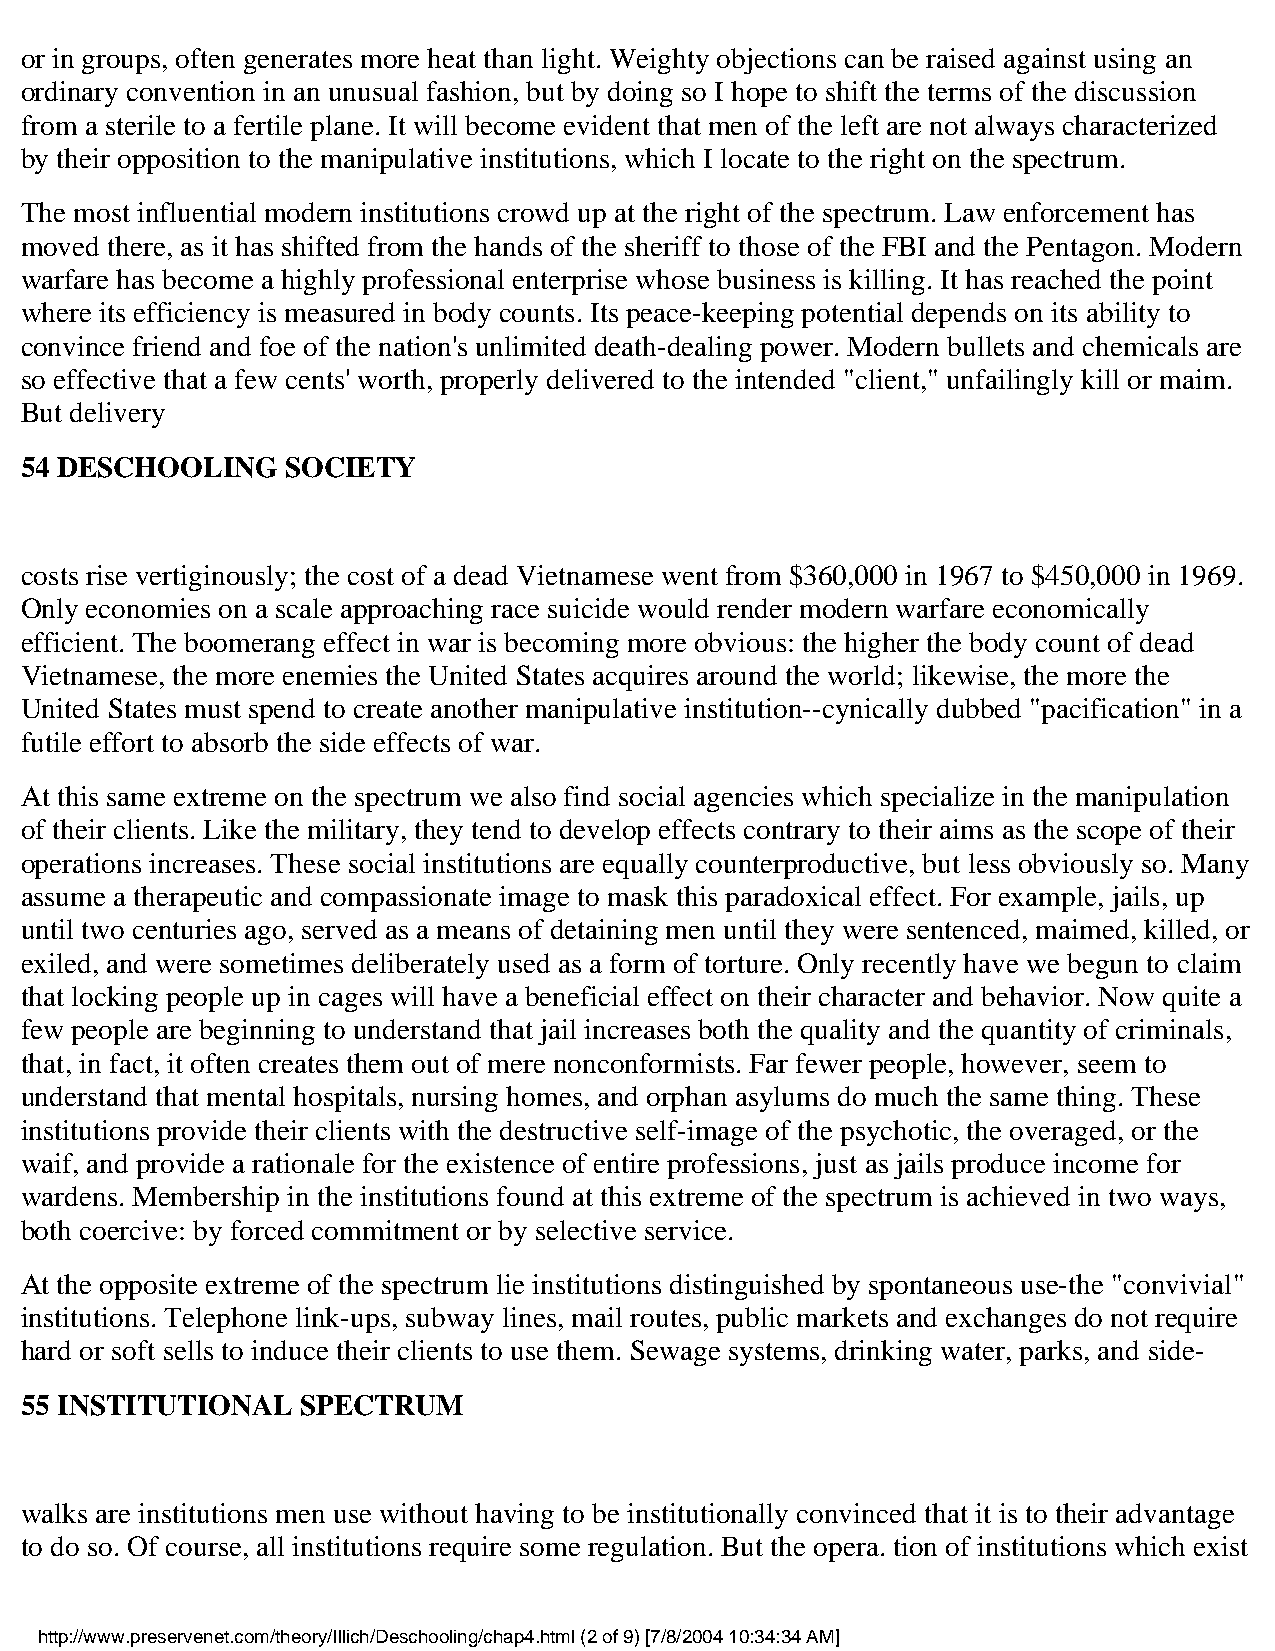
or in groups, often generates more heat than light. Weighty objections can be raised against using an
 ordinary convention in an unusual fashion, but by doing so I hope to shift the terms of the discussion
 from a sterile to a fertile plane. It will become evident that men of the left are not always characterized
 by their opposition to the manipulative institutions, which I locate to the right on the spectrum.
 The most influential modern institutions crowd up at the right of the spectrum. Law enforcement has
 moved there, as it has shifted from the hands of the sheriff to those of the FBI and the Pentagon. Modern
 warfare has become a highly professional enterprise whose business is killing. It has reached the point
 where its efficiency is measured in body counts. Its peace-keeping potential depends on its ability to
 convince friend and foe of the nation's unlimited death-dealing power. Modern bullets and chemicals are
 so effective that a few cents' worth, properly delivered to the intended "client," unfailingly kill or maim.
 But delivery
 54 DESCHOOLING    SOCIETY
 costs rise vertiginously; the cost of a dead Vietnamese went from $360,000 in 1967 to $450,000 in 1969.
 Only economies on a scale approaching race suicide would render modern warfare economically
 efficient. The boomerang effect in war is becoming more obvious: the higher the body count of dead
 Vietnamese, the more enemies the United States acquires around the world; likewise, the more the
 United States must spend to create another manipulative institution--cynically dubbed "pacification" in a
 futile effort to absorb the side effects of war.
 At this same extreme on the spectrum we also find social agencies which specialize in the manipulation
 of their clients. Like the military, they tend to develop effects contrary to their aims as the scope of their
 operations increases. These social institutions are equally counterproductive, but less obviously so. Many
 assume a therapeutic and compassionate image to mask this paradoxical effect. For example, jails, up
 until two centuries ago, served as a means of detaining men until they were sentenced, maimed, killed, or
 exiled, and were sometimes deliberately used as a form of torture. Only recently have we begun to claim
 that locking people up in cages will have a beneficial effect on their character and behavior. Now quite a
 few people are beginning to understand that jail increases both the quality and the quantity of criminals,
 that, in fact, it often creates them out of mere nonconformists. Far fewer people, however, seem to
 understand that mental hospitals, nursing homes, and orphan asylums do much the same thing. These
 institutions provide their clients with the destructive self-image of the psychotic, the overaged, or the
 waif, and provide a rationale for the existence of entire professions, just as jails produce income for
 wardens. Membership in the institutions found at this extreme of the spectrum is achieved in two ways,
 both coercive: by forced commitment or by selective service.
 At the opposite extreme of the spectrum lie institutions distinguished by spontaneous use-the "convivial"
 institutions. Telephone link-ups, subway lines, mail routes, public markets and exchanges do not require
 hard or soft sells to induce their clients to use them. Sewage systems, drinking water, parks, and side-
 55 INSTITUTIONAL   SPECTRUM
 walks are institutions men use without having to be institutionally convinced that it is to their advantage
 to do so. Of course, all institutions require some regulation. But the opera. tion of institutions which exist
 http://www.preservenet.com/theory/Illich/Deschooling/chap4.html (2 of 9) [7/8/2004 10:34:34 AM]